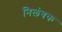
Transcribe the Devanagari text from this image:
निलंबक